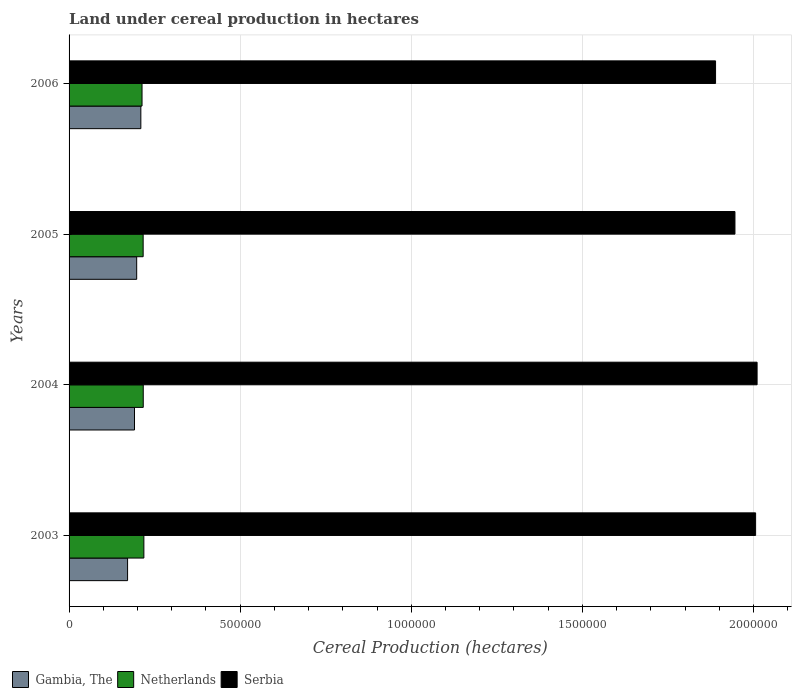
| Years | Gambia, The | Netherlands | Serbia |
 | --- | --- | --- | --- |
 | 2003 | 1.71e+05 | 2.19e+05 | 2.01e+06 |
 | 2004 | 1.91e+05 | 2.17e+05 | 2.01e+06 |
 | 2005 | 1.98e+05 | 2.16e+05 | 1.95e+06 |
 | 2006 | 2.1e+05 | 2.13e+05 | 1.89e+06 |